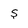
Character: S